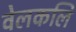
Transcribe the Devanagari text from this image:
वेलकलि